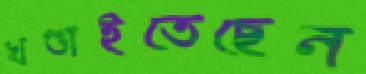
খণ্ডাইতেছেন